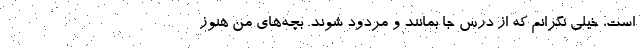
است، خیلی نگرانم که از درس جا بمانند و مردود شوند. بچه‌های من هنوز